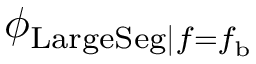
\phi _ { \mathrm { L a r g e S e g } | f = f _ { \mathrm { b } } }